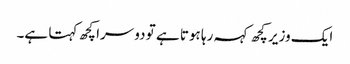
ایک وزیر کچھ کہہ رہا ہوتا ہے تو دوسرا کچھ کہتا ہے۔